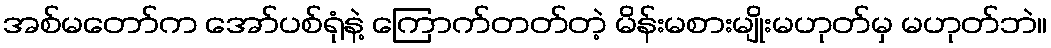
အစ်မတော်က အော်ပစ်ရုံနဲ့ ကြောက်တတ်တဲ့ မိန်းမစားမျိုးမဟုတ်မှ မဟုတ်ဘဲ။